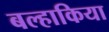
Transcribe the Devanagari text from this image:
बल्हाकिया